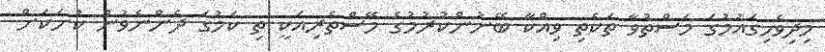
މިދިވެހިގައުމުގަ މަސްތުވާ ތަކެތި ވިއްކާ ބޭނުންކުރުމުގެ މޭސްތެރިއަކީ ތި ކަމުގަ ދެންނެވުން ކުށަކަށް